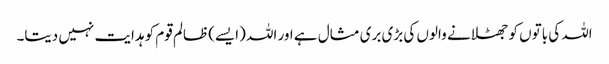
اللہ کی باتوں کو جھٹلانے والوں کی بڑی بری مثال ہے اور اللہ (ایسے) ظالم قوم کو ہدایت نہیں دیتا۔